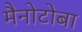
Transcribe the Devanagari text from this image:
मैनोटोबा